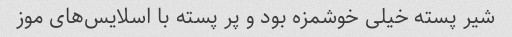
شیر پسته خیلی خوشمزه بود و پر پسته با اسلایس‌های موز